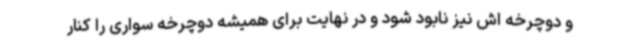
و دوچرخه اش نیز نابود شود و در نهایت برای همیشه دوچرخه سواری را کنار